Indian journal of veterinary science and animal husbandry - Volumes 18-21, 1948-1951
Year: 1948
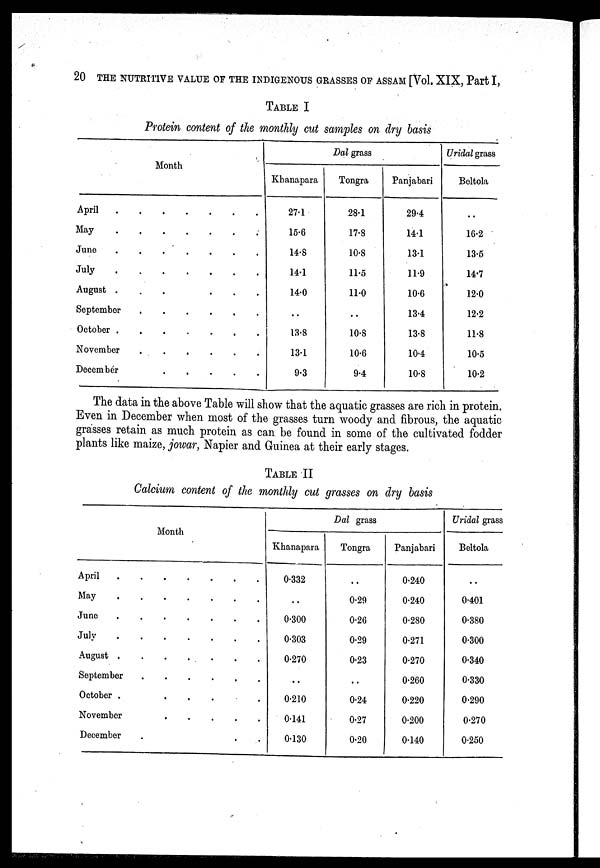
20 THE NUTRITIVE VALUE OF THE INDIGENOUS GRASSES OF ASSAM [Vol. XIX, Part I,
TABLE I
Protein content of the monthly cut samples on dry basis
Month
April . . . . . . .
May . . . . . . .
June
.
.
.
.
.
.
.
July . . . . . . .
August . . . . . . .
September . . . . . . .
October . . . . . . .
November
.
.
.
.
.
.
December . . . . . . .
Dal grass
Khanapara
27.1
15.6
14.8
14.1
14.0
..
13.8
13.1
9.3
Tongra
28.1
17.8
10.8
11.5
11.0
..
10.8
10.6
9.4
Panjabari
29.4
14.1
13.1
11.9
10.6
13.4
13.8
10.4
10.8
Uridal grass
Beltola
..
16.2
13.5
14.7
12.0
12.2
11.8
10.5
10.2
The data in the above Table will show that the aquatic grasses are rich in protein.
Even in December when most of the grasses turn woody and fibrous, the aquatic
grasses retain as much protein as can be found in some of the cultivated fodder
plants like maize, jowar, Napier and Guinea at their early stages.
TABLE II
Calcium content of the monthly cut grasses on dry basis
Month
April . . . . . . .
May . . . . . . .
June . . . . . . .
July
.
.
.
.
.
.
August . . . . . . .
September
.
.
.
.
.
October . . . . . . .
November . . . . . . .
December . . . . . . .
Dal grass
Khanapara
0.332
..
0.300
0.303
0.270
..
0.210
0.141
0.130
Tongra
..
0.29
0.26
0.29
0.23
..
0.24
0.27
0.20
Panjabari
0.240
0.240
0.280
0.271
0.270
0.260
0.220
0.200
0.140
Uridal grass
Beltola
..
0.401
0.380
0.300
0.340
0.330
0.290
0.270
0.250